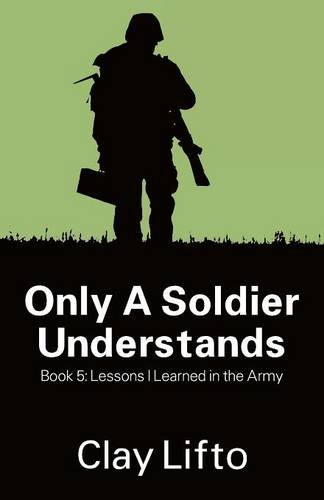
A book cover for Only a Soldier Understands - Book 5: Lessons I Learned in the Army; Clay Lifto; Politics & Social Sciences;